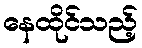
နေထိုင်သည့်